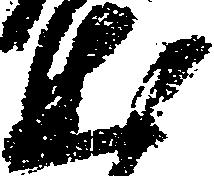
出